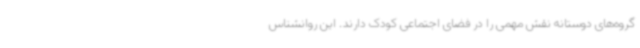
گروه‌های دوستانه نقش مهمی را در فضای اجتماعی کودک دارند. این روانشناس